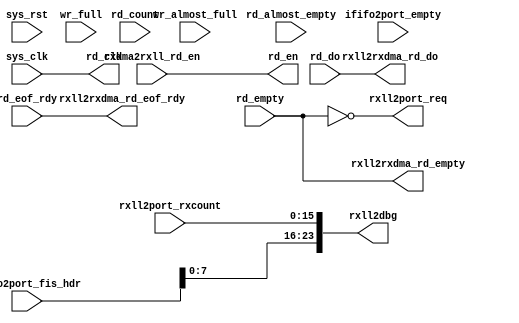
// rxll_fsm.v --- 
// 
// Description: 
// Maintainer: 
// Version: 
// Last-Updated: 
//           By: 
//     Update #: 0
// URL: 
// Keywords: 
// Compatibility: 
// 
// 

// Commentary: 
// 
// 
// 
// 

// Change log:
// 
// 
// 

// Copyright (C) 2008,2009 Beijing Soul tech.
// -------------------------------------
// Naming Conventions:
// 	active low signals                 : "*_n"
// 	clock signals                      : "clk", "clk_div#", "clk_#x"
// 	reset signals                      : "rst", "rst_n"
// 	generics                           : "C_*"
// 	user defined types                 : "*_TYPE"
// 	state machine next state           : "*_ns"
// 	state machine current state        : "*_cs"
// 	combinatorial signals              : "*_com"
// 	pipelined or register delay signals: "*_d#"
// 	counter signals                    : "*cnt*"
// 	clock enable signals               : "*_ce"
// 	internal version of output port    : "*_i"
// 	device pins                        : "*_pin"
// 	ports                              : - Names begin with Uppercase
// Code:
module rxll_fsm (/*AUTOARG*/
   // Outputs
   rd_clk, rd_en, rxll2port_req, rxll2rxdma_rd_eof_rdy,
   rxll2rxdma_rd_do, rxll2rxdma_rd_empty, rxll2dbg,
   // Inputs
   sys_clk, sys_rst, rd_count, rd_empty, rd_almost_empty, rd_do,
   rd_eof_rdy, rxdma2rxll_rd_en, rxll2port_rxcount, wr_almost_full,
   wr_full, ififo2port_empty, ififo2port_fis_hdr
   );
   input sys_clk;
   input sys_rst;
   
   input [9:0] rd_count;
   input       rd_empty;
   input       rd_almost_empty;
   input [35:0]rd_do;
   input       rd_eof_rdy;
   output      rd_clk;
   output      rd_en;
   
   output      rxll2port_req;

   output        rxll2rxdma_rd_eof_rdy;
   output [35:0] rxll2rxdma_rd_do;
   output        rxll2rxdma_rd_empty;
   input         rxdma2rxll_rd_en;
   output [31:0] rxll2dbg;

   input [15:0]  rxll2port_rxcount;
   input         wr_almost_full;
   input         wr_full;
   input         ififo2port_empty;
   input [31:0]  ififo2port_fis_hdr;
   /**********************************************************************/
   /*AUTOREG*/
   
   /**********************************************************************/
   assign rd_clk              = sys_clk;
   assign rd_en               = rxdma2rxll_rd_en;
   assign rxll2rxdma_rd_do    = rd_do;
   assign rxll2rxdma_rd_empty = rd_empty;

   assign rxll2port_req       = ~rd_empty;

   assign rxll2rxdma_rd_eof_rdy= rd_eof_rdy;
   /**********************************************************************/
   assign rxll2dbg[31]        = rd_almost_empty;
   assign rxll2dbg[30]        = rd_empty;
   assign rxll2dbg[29]        = wr_almost_full;
   assign rxll2dbg[28]        = wr_full;
   assign rxll2dbg[27]        = ififo2port_empty;
   assign rxll2dbg[23:16]     = ififo2port_fis_hdr;
   assign rxll2dbg[15:0]      = rxll2port_rxcount;
endmodule
// 
// rxll_fsm.v ends here